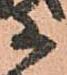
等